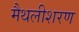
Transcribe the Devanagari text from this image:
मैथलीशरण